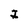
Character: I